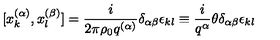
[ x _ { k } ^ { ( \alpha ) } , x _ { l } ^ { ( \beta ) } ] = \frac { i } { 2 \pi \rho _ { 0 } q ^ { ( \alpha ) } } \delta _ { \alpha \beta } \epsilon _ { k l } \equiv \frac { i } { q ^ { \alpha } } \theta \delta _ { \alpha \beta } \epsilon _ { k l }